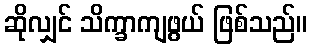
ဆိုလျှင် သိက္ခာကျဖွယ် ဖြစ်သည်။